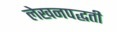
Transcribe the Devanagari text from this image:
लेखनपद्धती